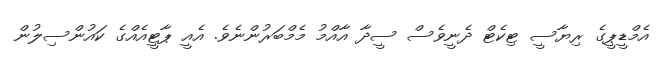
އެމްޑީޕީގެ ރިޔާސީ ޓިކެޓް ދެނީވެސް ސީދާ އާއްމު މެމްބަރުންނެވެ. އެއީ ޕާޓީއެއްގެ ކައުންސިލުން